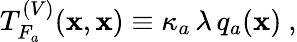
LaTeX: T_{F_{a}}^{(V)}(\mathbf{x},\mathbf{x})\equiv\kappa_{a}\, \lambda\, q_{a}(\mathbf{x})\ ,